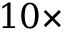
1 0 \times